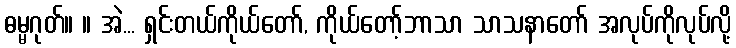
ဓမ္မဂုတ်။ ။ အဲ... ရှင်းတယ်ကိုယ်တော်, ကိုယ်တော့်ဘာသာ သာသနာတော် အလုပ်ကိုလုပ်လို့